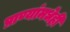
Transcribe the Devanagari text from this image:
प्राण्यांमधेही